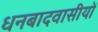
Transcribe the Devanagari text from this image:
धनबादवासीयों